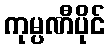
ကုမ္ပဏီပိုင်